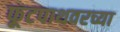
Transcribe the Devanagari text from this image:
फूटपाथवरच्या